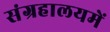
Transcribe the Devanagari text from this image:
संग्रहालयमें